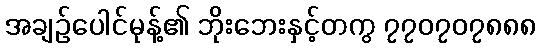
အချဉ်ပေါင်မုန့်၏ ဘိုးဘေးနှင့်တကွ ၇၇၀၇၀၇၈၈၈